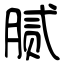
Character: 腻